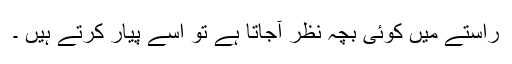
راستے میں کوئی بچہ نظر آجاتا ہے تو اسے پیار کرتے ہیں ۔